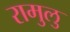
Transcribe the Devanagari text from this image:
रामुलु